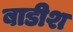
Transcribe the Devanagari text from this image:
बाडीश